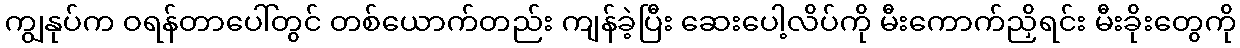
ကျွနုပ်က ဝရန်တာပေါ်တွင် တစ်ယောက်တည်း ကျန်ခဲ့ပြီး ဆေးပေါ့လိပ်ကို မီးကောက်ညှိရင်း မီးခိုးတွေကို